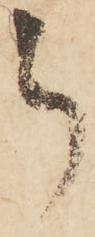
被